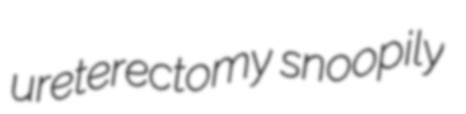
ureterectomy snoopily